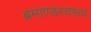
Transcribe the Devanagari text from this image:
ब्रमाण्डस्वरूप